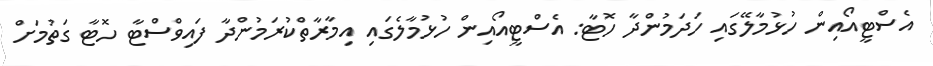
އެސްޓީއޯއިން ހުޅުމާލޭގައި ހަދަމުންދާ ހޮޓާ: އެސްޓީއޯއިން ހުޅުމާލެގައި އިމާރާތްކުރަމުންދާ ފައިވްސްޓާ ހޮޓާ ގަތުމަށް